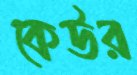
কেউর